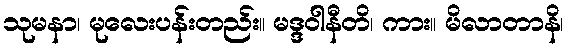
သုမနာ၊ မုလေးပန်းတည်း။ မဒ္ဒဝါနီတိ၊ ကား။ မိလာတာနိ၊